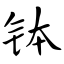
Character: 钵